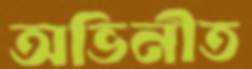
অভিনীত